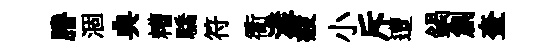
謄涸典糟驕符衢漾疲小斥遭鍋創奎